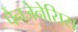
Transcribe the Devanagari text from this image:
पैनजेनेसिस